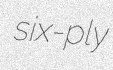
six-ply